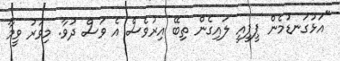
"އަޅުގަނޑުމެން ޕީޕީއީ ލައިގެން ތިބޭ އިރުވެސް އެ ވަސް ދުވާ. މިވަރު ވީމާ